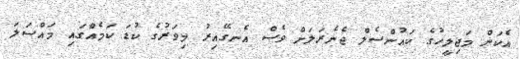
އެކަން މަޖިލީހުގެ ކައުންސެލް ޖެނެރަލަށް ވެސް އެނގޭއިރު މިވަރުގެ ކުޑަ ކަމެއްގައި މައްސަލަ